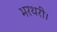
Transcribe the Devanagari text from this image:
भरथरी।